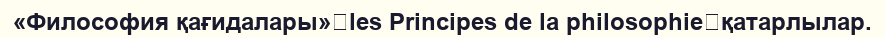
«Философия қағидалары»（les Principes de la philosophie）қатарлылар.